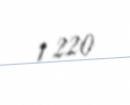
1 220